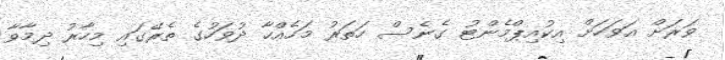
ވަރަށް އަވަހަށް އިކުއިޕްމެންޓު ގެނެސް ހަތަރު މަހެއްހާ ދުވަހުގެ ތެރޭގައި މިހާރު ދިމާވާ